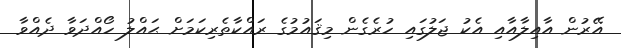
އޭރުން އާއިލާއާއި އެކު ޖަލުގައި ހުރެގެން މިޤައުމުގެ ރައްކާތެރިކަމަށް ޙައްލު ހޯއްދަވާ ދެއްވާ